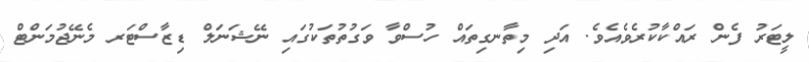
ލީޓަރު ފެން ރައްކާކުރެވެއެވެ. އަދި މިތާނގިތައް ހުސްވާ ވަގުތުތަކުގައި ނޭޝަނަލް ޑިޒާސްޓަރ މެނޭޖުމަންޓް